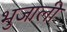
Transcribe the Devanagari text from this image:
भुजाली